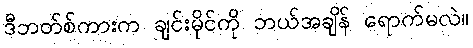
ဒီဘတ်စ်ကားက ချင်းမိုင်ကို ဘယ်အချိန် ရောက်မလဲ။